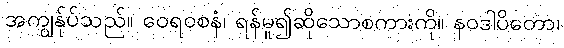
အကျွန်ုပ်သည်။ ဝေရဝစနံ၊ ရန်မူ၍ဆိုသောစကားကို။ နဝဒါပိတော၊